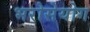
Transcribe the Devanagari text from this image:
भरोसेयोग